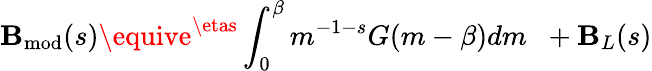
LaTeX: \mathbf{B}_{\mathrm{{mod}}}(s)\equive^{\etas}\int_{0}^{\beta}m^{-1-s}G(m-\beta)dm\; \; +\mathbf{B}_{L}(s)